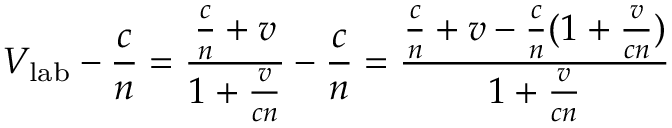
V _ { \mathrm { l a b } } - { \frac { c } { n } } = { \frac { { \frac { c } { n } } + v } { 1 + { \frac { v } { c n } } } } - { \frac { c } { n } } = { \frac { { \frac { c } { n } } + v - { \frac { c } { n } } ( 1 + { \frac { v } { c n } } ) } { 1 + { \frac { v } { c n } } } }